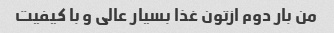
من بار دوم ازتون غذا بسیار عالی و با کیفیت